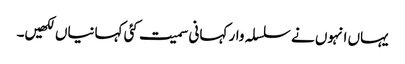
یہاں انہوں نے سلسلہ وار کہانی سمیت کئی کہانیاں لکھیں۔